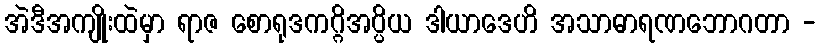
အဲဒီအကျိုးထဲမှာ ရာဇ စောရုဒကဂ္ဂိအပ္ပိယ ဒါယာဒေဟိ အသာဓာရဏဘောဂတာ -